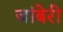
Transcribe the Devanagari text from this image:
जांबेरी